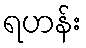
ရဟန်း